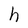
Character: h